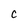
Character: C